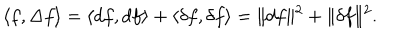
\langle f , \Delta f \rangle = \langle d f , d f \rangle + \langle \delta f , \delta f \rangle = \| d f \| ^ { 2 } + \| \delta f \| ^ { 2 } .